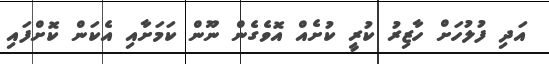
އަދި ފުލުހަށް ހާޒިރު ކުރީ ކުށެއް އޮވެގެން ނޫން ކަމަށާއި އެކަން ކޮށްފައި